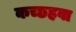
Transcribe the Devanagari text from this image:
कच्छहवा